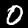
Digit: 0